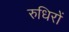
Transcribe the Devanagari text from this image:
रुधिरों